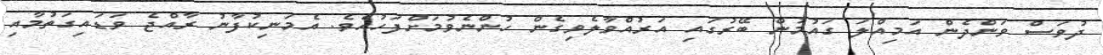
ދުވަސް ވަންދެން އަމިއްލަ ގައުމުން ބޭރުގައި އަރުއްވާލެވިގެން ހުންނެވުމަށްފަހުއެވެ. އެމަނިކުފާނު ރާއްޖެ ވަޑައިގަތުމާއި